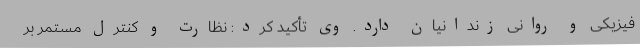
فیزیکی و روانی زندانیان دارد. وی تأکید کرد: نظارت و کنترل مستمر بر